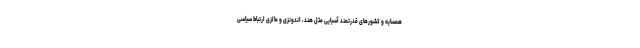
همسایه و کشورهای قدرتمند آسیایی مثل هند، اندونزی و مالزی ارتباط سیاسی